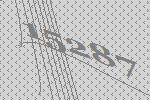
15287